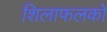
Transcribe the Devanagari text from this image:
शिलाफलकों